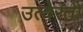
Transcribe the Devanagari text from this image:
उत्वेरतो